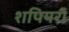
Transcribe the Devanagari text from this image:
शपियरो